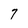
Character: 7